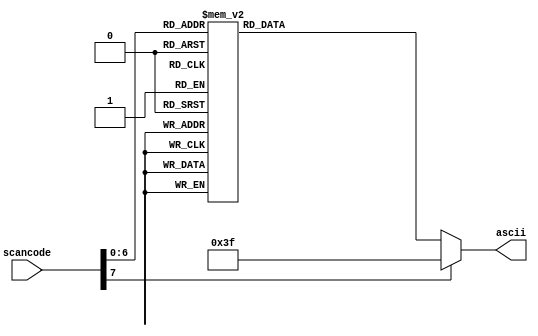
`timescale 1ns / 1ps
//////////////////////////////////////////////////////////////////////////////////
// Company: 
// Engineer: 
// 
// Design Name: 
// Module Name: scancode_to_ascii
// Project Name: 
// Target Devices: 
// Tool Versions: 
// Description: 
// 
// Dependencies: 
// 
// Revision:
// Revision 0.01 - File Created
// Additional Comments:
// 
//////////////////////////////////////////////////////////////////////////////////

// Keyboard inputs are in the form of scancodes.
// It is easier to work with them when converted to ascii
module scancode_to_ascii (
    input [7:0] scancode,       // input scancode from keyboard
    output reg [7:0] ascii      // output ASCII value
);
    
    // ascii table reference: https://www.ascii-code.com/
    always @(*) begin
        case(scancode)
            
            // Alphabets
            8'h1C: ascii = 8'h41; // A
            8'h32: ascii = 8'h42; // B
            8'h21: ascii = 8'h43; // C
            8'h23: ascii = 8'h44; // D
            8'h24: ascii = 8'h45; // E
            8'h2B: ascii = 8'h46; // F
            8'h34: ascii = 8'h47; // G
            8'h33: ascii = 8'h48; // H
            8'h43: ascii = 8'h49; // I
            8'h3B: ascii = 8'h4A; // J
            8'h42: ascii = 8'h4B; // K
            8'h4B: ascii = 8'h4C; // L
            8'h3A: ascii = 8'h4D; // M
            8'h31: ascii = 8'h4E; // N
            8'h44: ascii = 8'h4F; // O
            8'h4D: ascii = 8'h50; // P
            8'h15: ascii = 8'h51; // Q
            8'h2D: ascii = 8'h52; // R
            8'h1B: ascii = 8'h53; // S
            8'h2C: ascii = 8'h54; // T
            8'h3C: ascii = 8'h55; // U
            8'h2A: ascii = 8'h56; // V
            8'h1D: ascii = 8'h57; // W
            8'h22: ascii = 8'h58; // X
            8'h35: ascii = 8'h59; // Y
            8'h1A: ascii = 8'h5A; // Z
            
            // Numbers
            8'h16: ascii = 8'h31; // 1
            8'h1E: ascii = 8'h32; // 2
            8'h26: ascii = 8'h33; // 3
            8'h25: ascii = 8'h34; // 4
            8'h2E: ascii = 8'h35; // 5
            8'h36: ascii = 8'h36; // 6
            8'h3D: ascii = 8'h37; // 7
            8'h3E: ascii = 8'h38; // 8
            8'h46: ascii = 8'h39; // 9
            8'h45: ascii = 8'h30; // 0
            
            // Special characters and space
            8'h29: ascii = 8'h20; // Space
            8'h0E: ascii = 8'h60; // `
            8'h4E: ascii = 8'h2D; // -
            8'h55: ascii = 8'h3D; // =

            default: 
            begin
                ascii = 8'h3F; // Default or unrecognised scan code --> set to ?
            end
        endcase
    end

endmodule